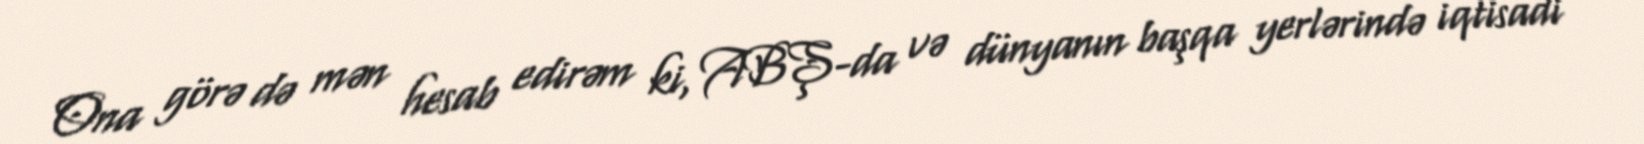
Ona görə də mən hesab edirəm ki, ABŞ-da və dünyanın başqa yerlərində iqtisadi